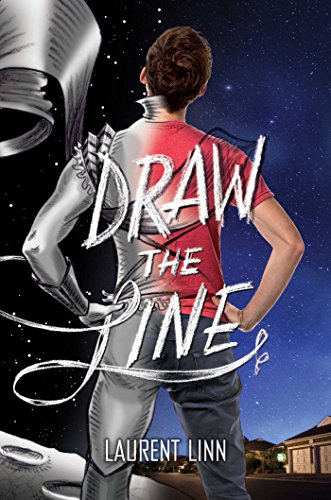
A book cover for Draw the Line; Laurent Linn; Teen & Young Adult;